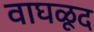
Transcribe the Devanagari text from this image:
वाघळूद